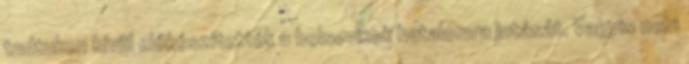
tudtukon kívül előkészítették a bolsevikok hatalomra jutását. Vagyis nem